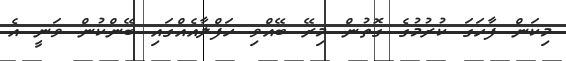
މިކަން ފާހަގަ ކުރުމުގެ ގޮތުން މިރޭ ބޭއްވި ހަފްލާއެއްގައި ބޭންކުން ވަނީ އެ